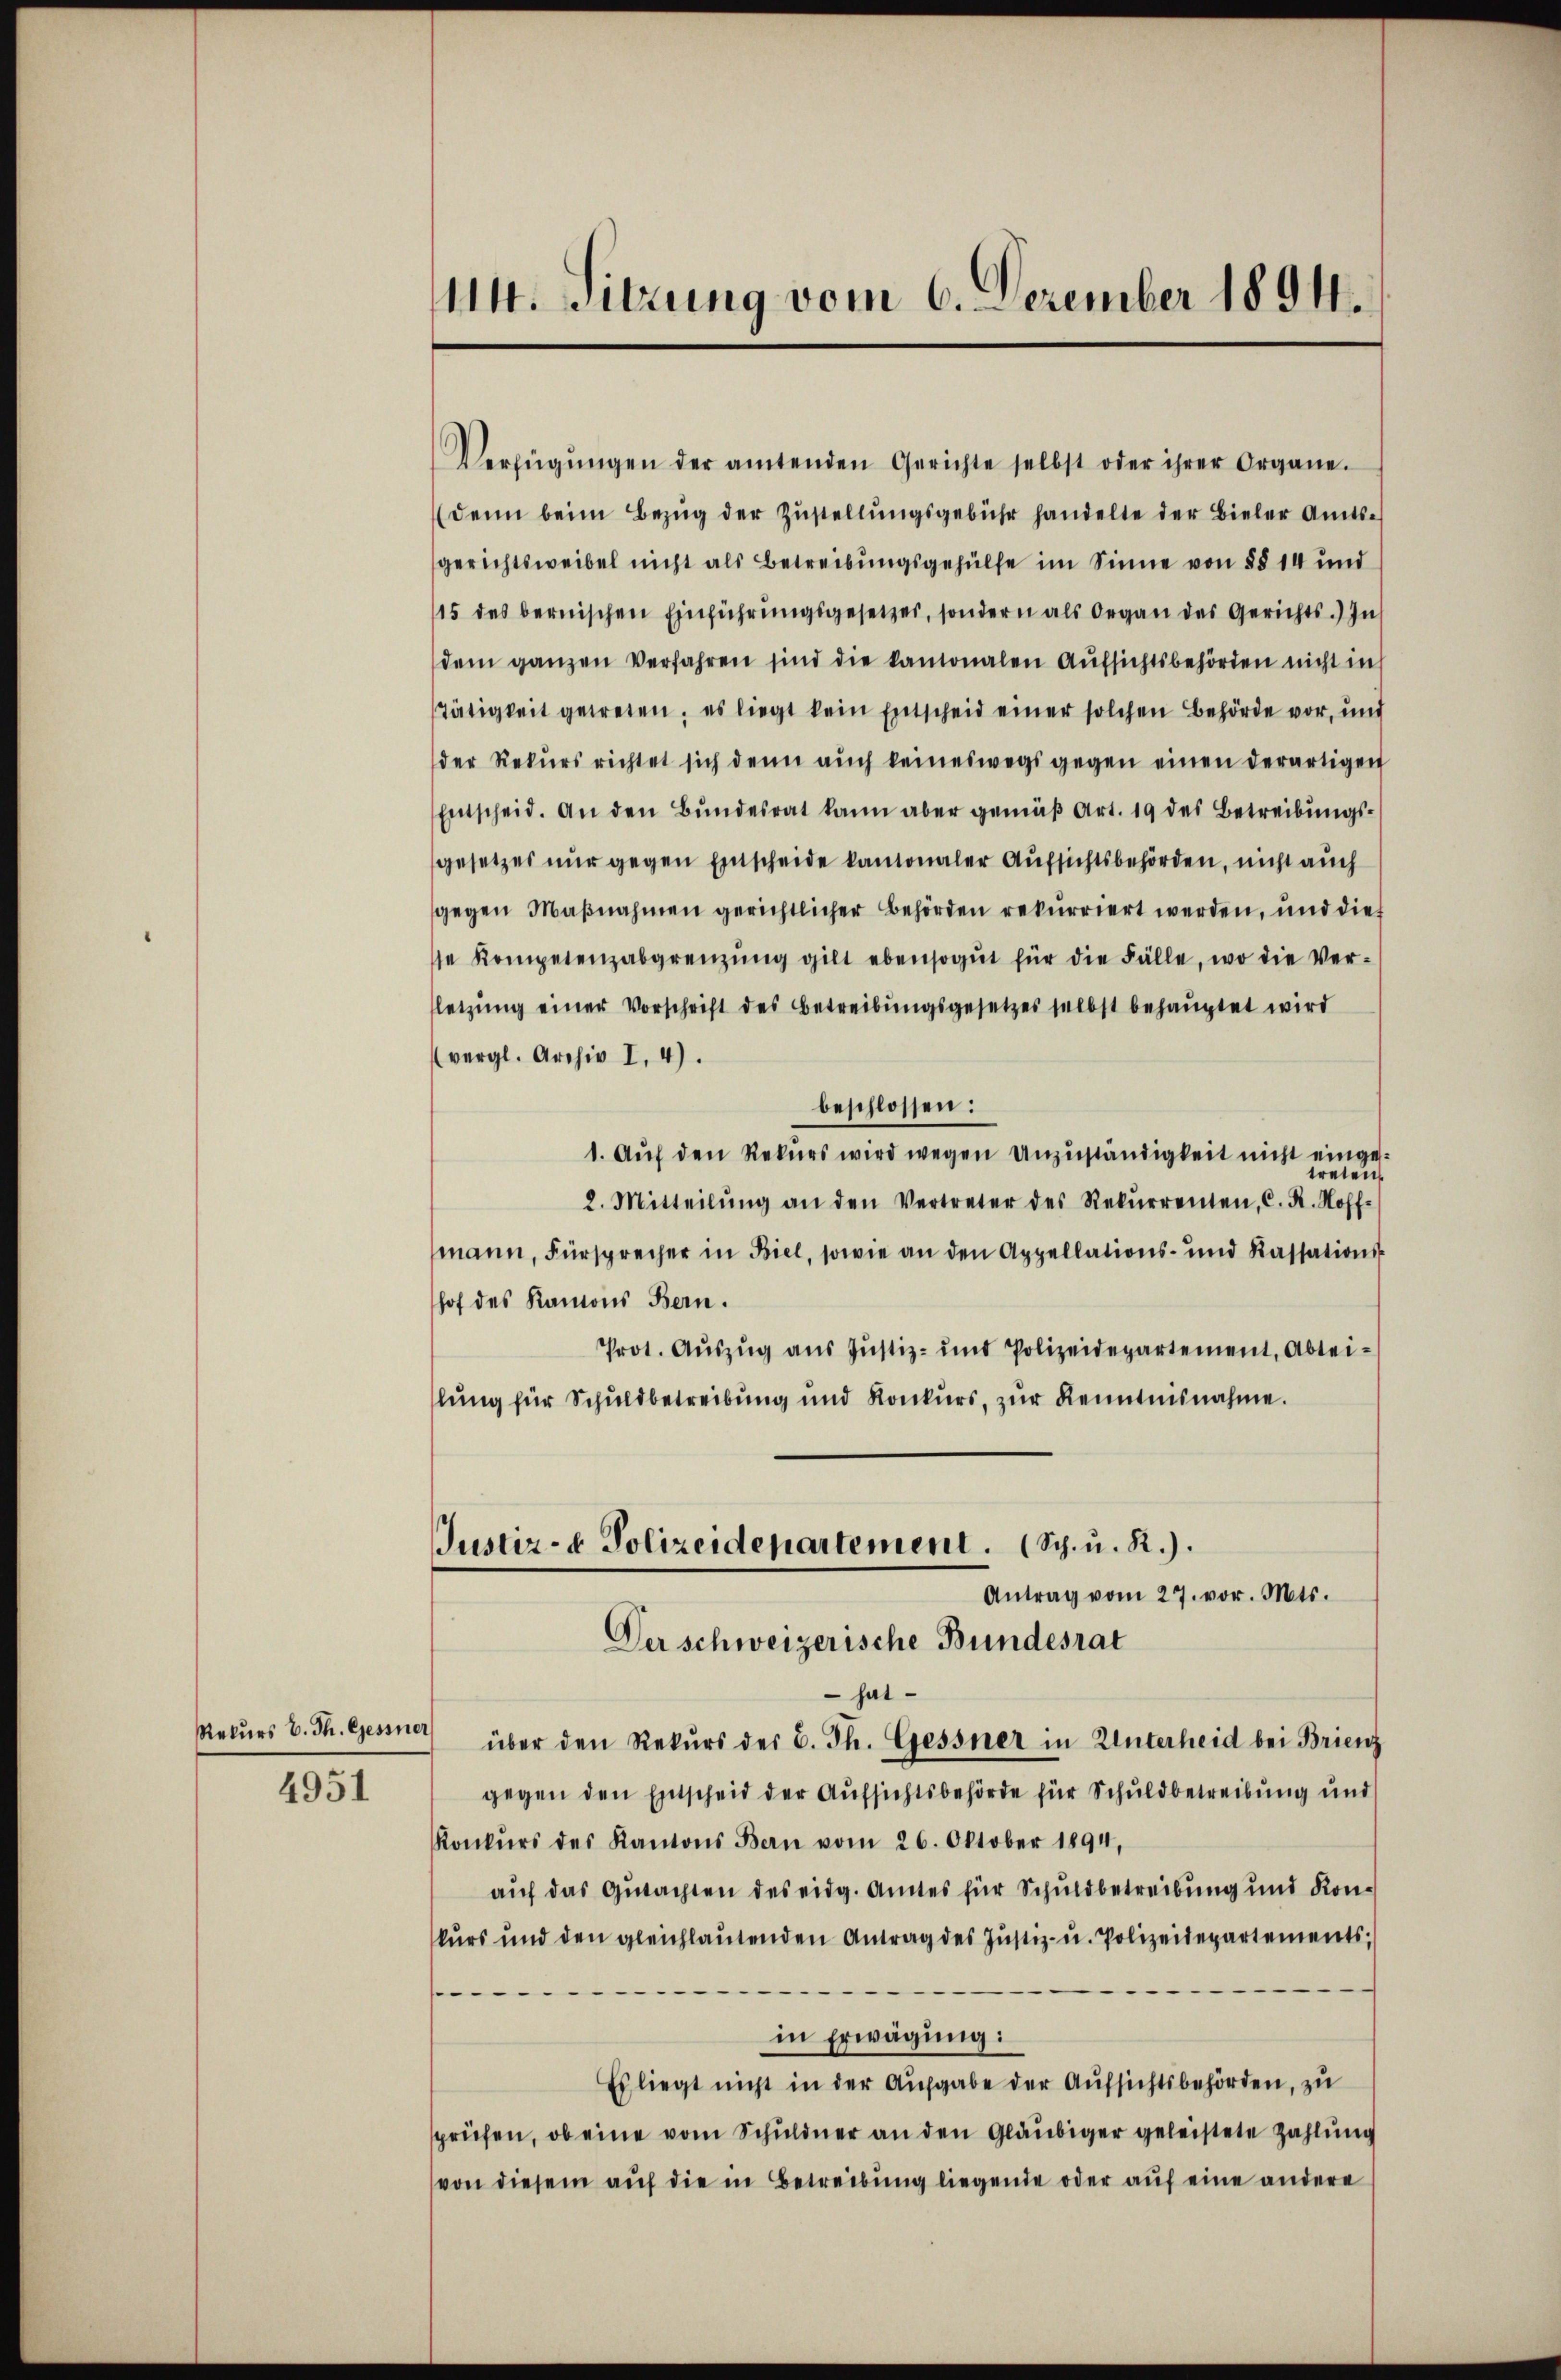
Rekurs B. Th. Gessner

4951

114. Sitzung vom 6. Dezember 1894.

Verfügŭngen der amtenden Gerichte selbst oder ihrer Organe.
(denn beim Bezug der Zustellungsgebühr handelte der Bieler Amtsgerichtsweibel nicht als Betreibungsgehülfe im Sinne von §§ 14 und
15 des bernischen Einführŭngsgesetzes, sondern als Organ des Gerichts.) In
dem ganzen Verfahren sind die kantonalen Aufsichtsbehörden nicht in
Tätigkeit getreten, es liegt kein Entscheid einer solchen Behörde vor, und
der Rekurs richtet sich denn auch keineswegs gegen einen derartigen
Entscheid. An den Bundesrat kann aber gemäβ Art. 19 des Betreibungsgesetzes nur gegen Einscheide kantonaler Aufsichtsbehörden, nicht auch
gegen Maβnahmen gerichtlicher Behörden rekurriert werden, und dies
se Kompetenzabgrenzŭng gilt ebensogut für die Fälle, wo die Ver-
letzŭng einer Vorschrift des Betreibungsgesetzes selbst behauptet wird
(vergl. Archiv I. 4).
beschlossen:
1. Auf den Rekurs wird wegen Unzuständigkeit nicht eingesreten
2. Mitteilŭng an den Vertreter des Rekŭrrenten, C. K. Hoff-
mann, Fürsprecher in Biel, sowie an den Appellations- und Kassations-
hof des Kanons Bern.
Prot. Aŭszŭg aŭs Jŭstiz- und Polizeidepartement, Abteilung für Schuldbetreibung und Konkurs, zur Kenntnisnahme.
Justiz- & Polizeidepartement. (Sch. u. R.).
Antrag vom 27. vor. Mts.
Der schweizerische Bundesrat
 hat
über den Rekurs der B. Th. Gessner in Unterheid bei Brienz
gegen den Entscheid der Aufsichtsbehörde für Schuldbetreibung und
Konkŭrs des Kantons Bern vom 26. Oktober 1894,
auf das Gutachten des eidg. Amtes für Schuldbetreibung und Konkurs und den gleichlaŭtenden Antrag des Jŭstiz- u. Polizeidepartements;
s
in Erwägung:
Es liegt nicht in der Aufgabe der Aufsichtsbehörden, zu
sprüfen, ob eine vom Schuldner an den Gläubiger geleistete Zahlung
von diesem aŭf die in Betreibung liegende oder auf eine andere